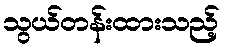
သွယ်တန်းထားသည့်